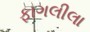
ફાગલીલા